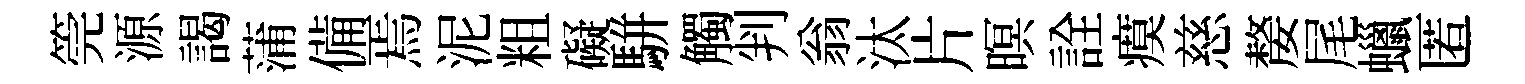
筦源謁蒲備焉泥粗礙駢觸判翁汰片暝詮瘼慈嫠尾蠟匿